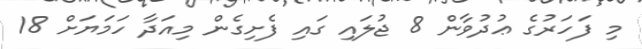
މި ފަހަރުގެ ޢުދުވާން 8 ޖުލައި ގައި ފެށިގެން މިއަދާ ހަމަޔަށް 18